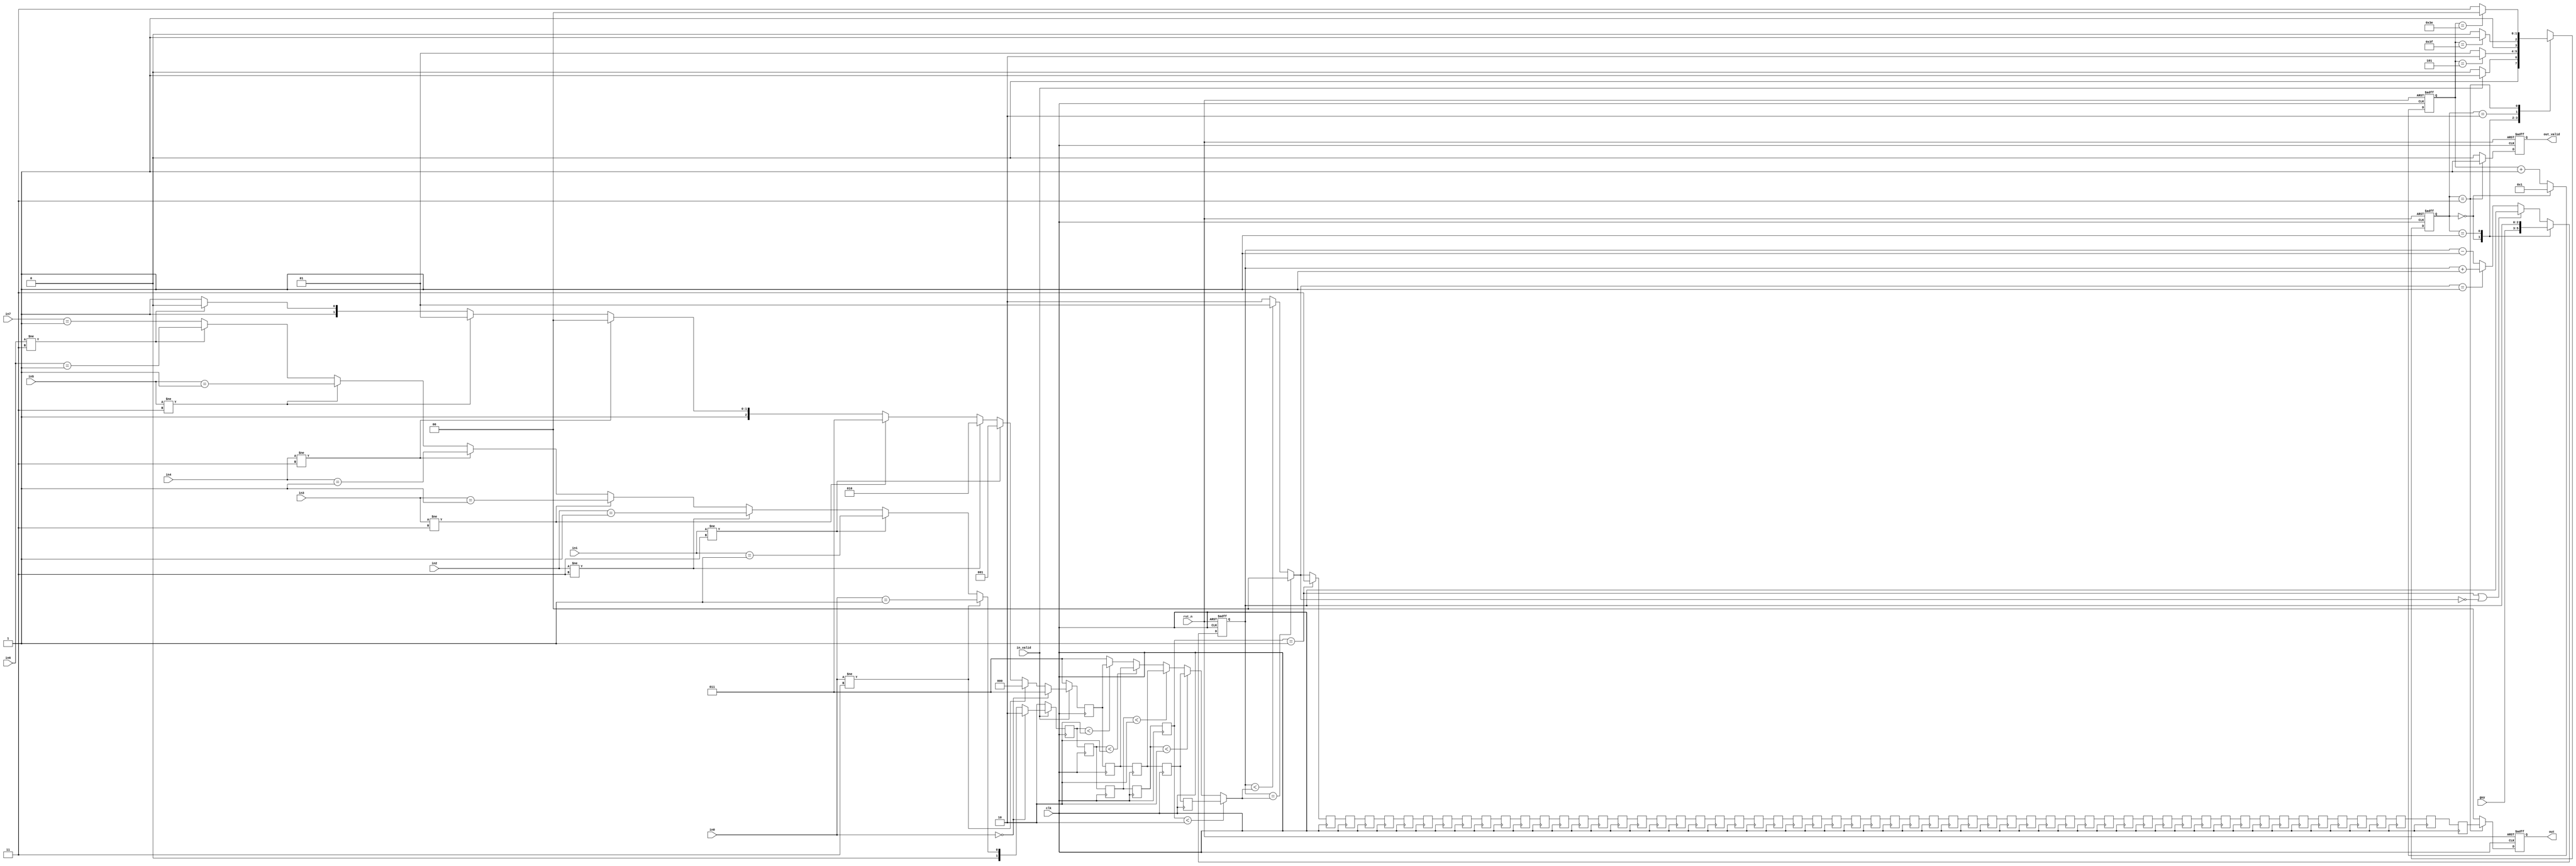
module BP(
           // input signal
           input clk,
           input rst_n,
           input in_valid,
           input [2:0] guy,
           input [1:0] in0,
           input [1:0] in1,
           input [1:0] in2,
           input [1:0] in3,
           input [1:0] in4,
           input [1:0] in5,
           input [1:0] in6,
           input [1:0] in7,

           // output signal
           output reg out_valid,
           output reg [1:0] out
       );

//==============================================//
//             Parameter and Integer            //
//==============================================//
genvar i;
parameter IDLE   = 2'd0,
          WAIT   = 2'd1,
          CAL    = 2'd2,
          OUTPUT = 2'd3;

//==============================================//
//            FSM State Declaration             //
//==============================================//
reg [1:0] n_state, c_state;

//==============================================//
//       register declaration (Sequential)      //
//==============================================//
reg [5:0] counter;
reg [2:0] obs_pos_reg [0:4];
reg [1:0] obs_type_reg [0:4];
reg [1:0] out_reg [0:57];
reg [2:0] guy_pos;

//==============================================//
//      register declaration (Combinational)    //
//==============================================//
reg [2:0] obs_pos;
reg [1:0] obs_type;
reg [2:0] next_obs;

//==============================================//
//               wire declaration               //
//==============================================//
wire [1:0] out_move;

//==============================================//
//             Current State Block              //
//==============================================//
always @(posedge clk or negedge rst_n) begin
    if(!rst_n)
        c_state <= IDLE;
    else
        c_state <= n_state;
end

//==============================================//
//              Next State Block                //
//==============================================//
always @(*) begin
    case (c_state)
        IDLE:
            n_state = (in_valid) ? WAIT : IDLE;
        WAIT:
            n_state = (counter == 6'd5) ? CAL : WAIT;
        CAL:
            n_state = (counter == 6'd63) ? OUTPUT : CAL;
        OUTPUT:
            n_state = (counter == 6'd62) ? IDLE : OUTPUT;
        default:
            n_state = IDLE;
    endcase
end
//==============================================//
//                  Input Block                 //
//==============================================//
always @(posedge clk or negedge rst_n) begin
    if(!rst_n)
        guy_pos <= 3'd0;
    else begin
        case (c_state)
            IDLE:
                guy_pos <= guy;
            WAIT:
                guy_pos <= guy_pos;
            default:
                guy_pos <=  (obs_type_reg[4] == 1'd1 || out_move == 2'd0) ? guy_pos :
                    (out_move == 2'd1) ? guy_pos + 1 : guy_pos - 1;
        endcase
    end
end

always @(*) begin
    if(!in_valid) begin  // out of input cycle
        obs_pos = 3'd3;
        obs_type = 2'd2;
    end
    else begin
        if(in0 == 2'd0) begin  // full of flat ground
            obs_pos = 3'd3;
            obs_type = 2'd2;
        end
        else begin  // nearset obstacles
            if(in0 != 2'b11) begin
                obs_pos = 3'd0;
                obs_type = (in0 == 2'b01);
            end
            else if(in1 != 2'b11) begin
                obs_pos = 3'd1;
                obs_type = (in1 == 2'b01);
            end
            else if(in2 != 2'b11) begin
                obs_pos = 3'd2;
                obs_type = (in2 == 2'b01);
            end
            else if(in3 != 2'b11) begin
                obs_pos = 3'd3;
                obs_type = (in3 == 2'b01);
            end
            else if(in4 != 2'b11) begin
                obs_pos = 3'd4;
                obs_type = (in4 == 2'b01);
            end
            else if(in5 != 2'b11) begin
                obs_pos = 3'd5;
                obs_type = (in5 == 2'b01);
            end
            else if(in6 != 2'b11) begin
                obs_pos = 3'd6;
                obs_type = (in6 == 2'b01);
            end
            else begin
                obs_pos = 3'd7;
                obs_type = (in7 == 2'b01);
            end
        end
    end
end

generate // no reset for just store data
    for(i=0;i<4;i=i+1)
        always @(posedge clk) begin
            obs_pos_reg[i+1] <= obs_pos_reg[i];
            obs_type_reg[i+1] <= obs_type_reg[i];
        end
endgenerate
always @(posedge clk) begin
    obs_pos_reg[0] <= obs_pos;
    obs_type_reg[0] <= obs_type;
end

//==============================================//
//       Calculation Block (Combinational)      //
//==============================================//
always @(*) begin
    if(obs_type_reg[4] < 2'd2)  // obstacle in 1st cycle
        next_obs = obs_pos_reg[4];
    else if(obs_type_reg[3] < 2'd2)  // obstacle in 2nd cycle
        next_obs = obs_pos_reg[3];
    else if(obs_type_reg[2] < 2'd2)  // obstacle in 3rd cycle
        next_obs = obs_pos_reg[2];
    else if(obs_type_reg[1] < 2'd2)  // obstacle in 4th cycle
        next_obs = obs_pos_reg[1];
    else if(obs_type_reg[0] < 2'd2)  // obstacle in 5th cycle
        next_obs = obs_pos_reg[0];
    else
        next_obs = 3;
end
assign out_move = (guy_pos == next_obs) ? 2'd0 : (guy_pos < next_obs) ? 2'd1 : 2'd2;

//==============================================//
//        Calculation Block (Sequential)        //
//==============================================//
always @(posedge clk or negedge rst_n) begin
    if(!rst_n)
        counter <= 6'd0;
    else
        counter <= (c_state == IDLE) ? 6'd1 : counter + 6'd1;
end

//==============================================//
//                Output Block                  //
//==============================================//

generate // no reset for just store data
    for(i=0;i<57;i=i+1)
        always @(posedge clk) begin
            out_reg[i+1] <= out_reg[i];
        end
endgenerate
always @(posedge clk) begin
    out_reg[0] <= (obs_type_reg[4] == 1'd1) ? 2'd3 : out_move;
end

always @(posedge clk or negedge rst_n) begin
    if(!rst_n) begin
        out_valid <= 1'd0;
        out <= 2'd0;
    end
    else begin
        if(c_state == OUTPUT) begin
            out_valid <= 1'd1;
            out <= out_reg[57];
        end
        else begin
            out_valid <= 1'd0;
            out <= 2'd0;
        end
    end
end

endmodule